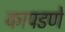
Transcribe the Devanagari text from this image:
कापडणे